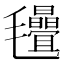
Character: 𣱁